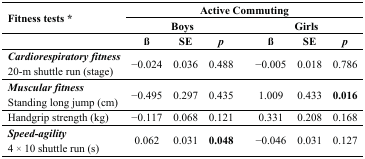
<table><thead><tr><td rowspan="2"><b>Fitness tests *</b></td><td colspan="7"><b>Active Commuting</b></td></tr><tr><td colspan="3"><b>Boys</b></td><td></td><td colspan="3"><b>Girls</b></td></tr><tr><td></td><td><b>ß</b></td><td><b>SE</b></td><td><b><i>p</i></b></td><td></td><td><b>ß</b></td><td><b>SE</b></td><td><b><i>p</i></b></td></tr></thead><tbody><tr><td><b><i>Cardiorespiratory fitness</i></b>20-m shuttle run (stage)</td><td>−0.024</td><td>0.036</td><td>0.488</td><td></td><td>−0.005</td><td>0.018</td><td>0.786</td></tr><tr><td><b><i>Muscular fitness</i></b>Standing long jump (cm)</td><td>−0.495</td><td>0.297</td><td>0.435</td><td></td><td>1.009</td><td>0.433</td><td><b>0.016</b></td></tr><tr><td>Handgrip strength (kg)</td><td>−0.117</td><td>0.068</td><td>0.121</td><td></td><td>0.331</td><td>0.208</td><td>0.168</td></tr><tr><td><b><i>Speed-agility</i></b>4 × 10 shuttle run (s)</td><td>0.062</td><td>0.031</td><td><b>0.048</b></td><td></td><td>−0.046</td><td>0.031</td><td>0.127</td></tr></tbody></table>